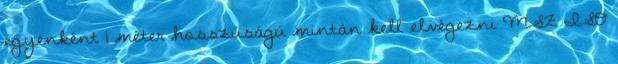
egyenként 1 méter hosszúságú mintán kell elvégezni MSZ ISO